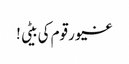
غیور قوم کی بیٹی !